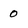
Character: 0